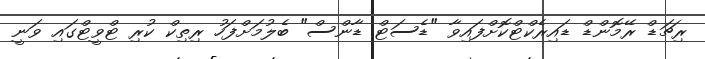
ރިޗަޑް ރޭމޮންޑް ޑައިރެކްޓްކޮށްފައިވާ "ޑެސަޓް ޑާންސް" ބެލުމަށްފަހު ރިތިކް ކުރި ޓްވީޓްގައި ވަނީ